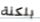
بلكنة